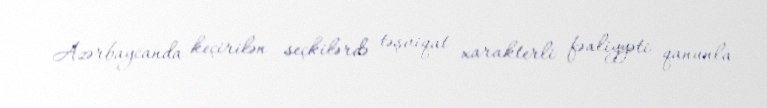
Azərbaycanda keçirilən seçkilərdə təşviqat xarakterli fəaliyyəti qanunla